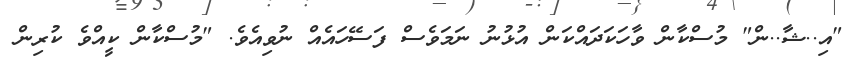
"އި..ޝާ..ން" މުސްކާން ވާހަކަދައްކަން އުޅުނު ނަމަވެސް ފަސޭހައެއް ނުވިއެވެ. "މުސްކާން ކީއްވެ ކުރިން